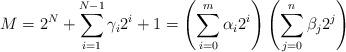
LaTeX: \begin{align*}M=2^{N}+\sum\limits^{N-1}_{i=1}\gamma_{i}2^{i}+1=\left(\sum\limits^{m}_{i=0}\alpha_{i}2^{i}\right)\left(\sum\limits^{n}_{j=0}\beta_{j}2^{j}\right)\end{align*}